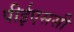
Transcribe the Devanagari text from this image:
पीईएससी